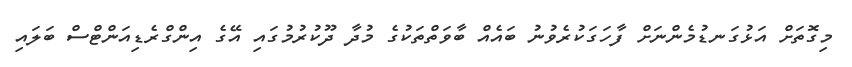
މިގޮތަށް އަޅުގަނޑުމެންނަށް ފާހަގަކުރެވުނު ބައެއް ބާވަތްތަކުގެ މުދާ ދޫކުރުމުގައި އޭގެ އިންގްރެޑިއަންޓްސް ބަލައި